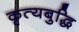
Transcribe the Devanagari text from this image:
कृत्यबुद्धि